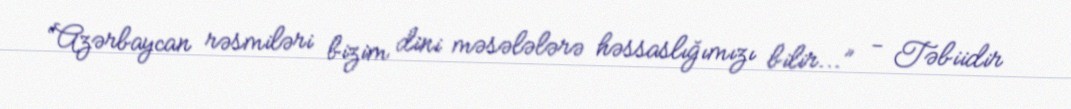
“Azərbaycan rəsmiləri bizim dini məsələlərə həssaslığımızı bilir...” - Təbiidir